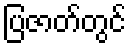
ပြဇာတ်တွင်